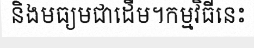
និងមធ្យមជាដើម។កម្មវិធីនេះ